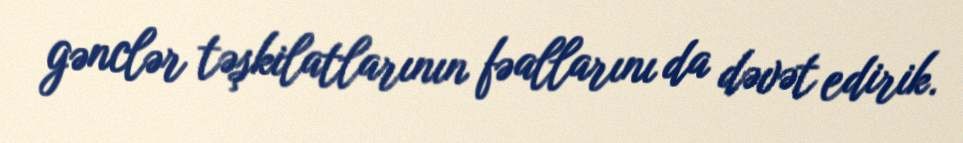
gənclər təşkilatlarının fəallarını da dəvət edirik.